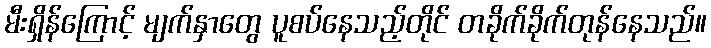
မီးရှိန်ကြောင့် မျက်နှာတွေ ပူစပ်နေသည့်တိုင် တခိုက်ခိုက်တုန်နေသည်။